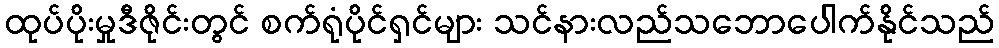
ထုပ်ပိုးမှုဒီဇိုင်းတွင် စက်ရုံပိုင်ရှင်များ သင်နားလည်သဘောပေါက်နိုင်သည်